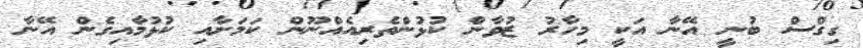
ގިގްސް ބުނީ އޭނާ އަކީ މިހާރު ޒުވާން ކުޅުންތެރިއެއްނޫން ކަމަށާއި ކުޅުމާއިގެން އޭނާ